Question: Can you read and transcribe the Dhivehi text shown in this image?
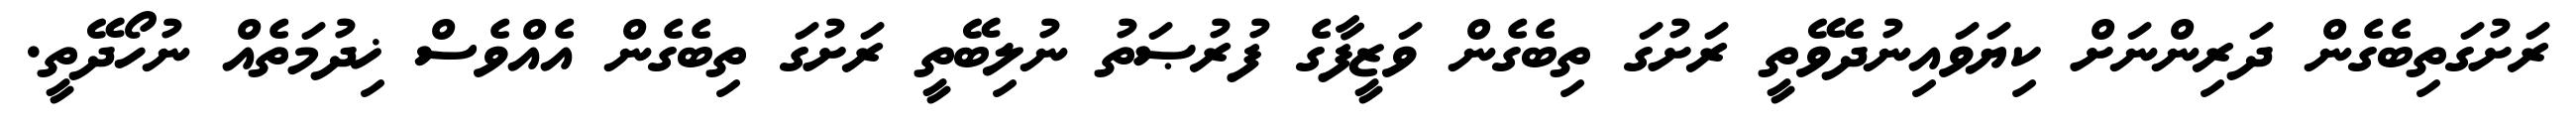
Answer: ރަށުގަތިބެގެން ދަރިންނަށް ކިޔަވައިނުދެވޭތީ ރަށުގަ ތިބެގެން ވަޒީފާގެ ފުރުޞަތު ނުލިބޭތީ ރަށުގަ ތިބެގެން އެއްވެސް ޚިދުމަތެއް ނުހޯދޭތީ.